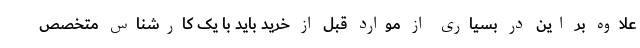
علاوه بر این در بسیاری از موارد قبل از خرید باید با یک کارشناس متخصص